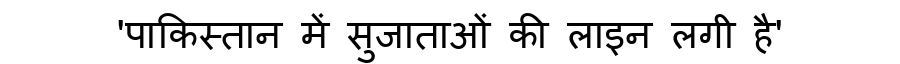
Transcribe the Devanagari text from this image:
'पाकिस्तान में सुजाताओं की लाइन लगी है'